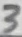
Text: 3